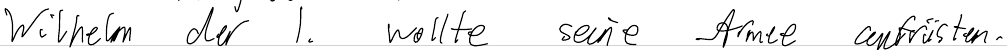
Wilhelm der 1. wollte seine Armee aufrüsten.